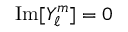
{ \mathrm { I m } } [ Y _ { \ell } ^ { m } ] = 0